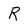
Character: R